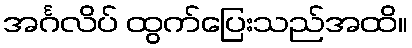
အင်္ဂလိပ် ထွက်ပြေးသည်အထိ။